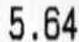
5.64